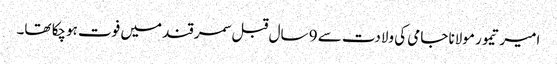
امیر تیمور مولانا جامی کی ولادت سے 9 سال قبل سمرقند میں فوت ہوچکا تھا۔